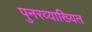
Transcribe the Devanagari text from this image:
पुनरव्याख्यित